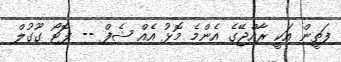
ފަތީން އަކީ ރާއްޖޭގެ އެންމެ މޮޅު އެއް ޝެފް -- ފޮޓޯ ގޫގުލް